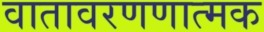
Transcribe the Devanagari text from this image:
वातावरणणात्मक